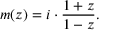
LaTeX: m ( z ) = i \cdot { \frac { 1 + z } { 1 - z } } .